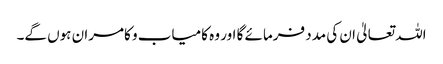
اللہ تعالیٰ ان کی مدد فرمائے گا اور وہ کامیاب و کامران ہوں گے۔